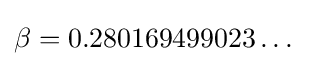
\beta =0.280169499023\dots